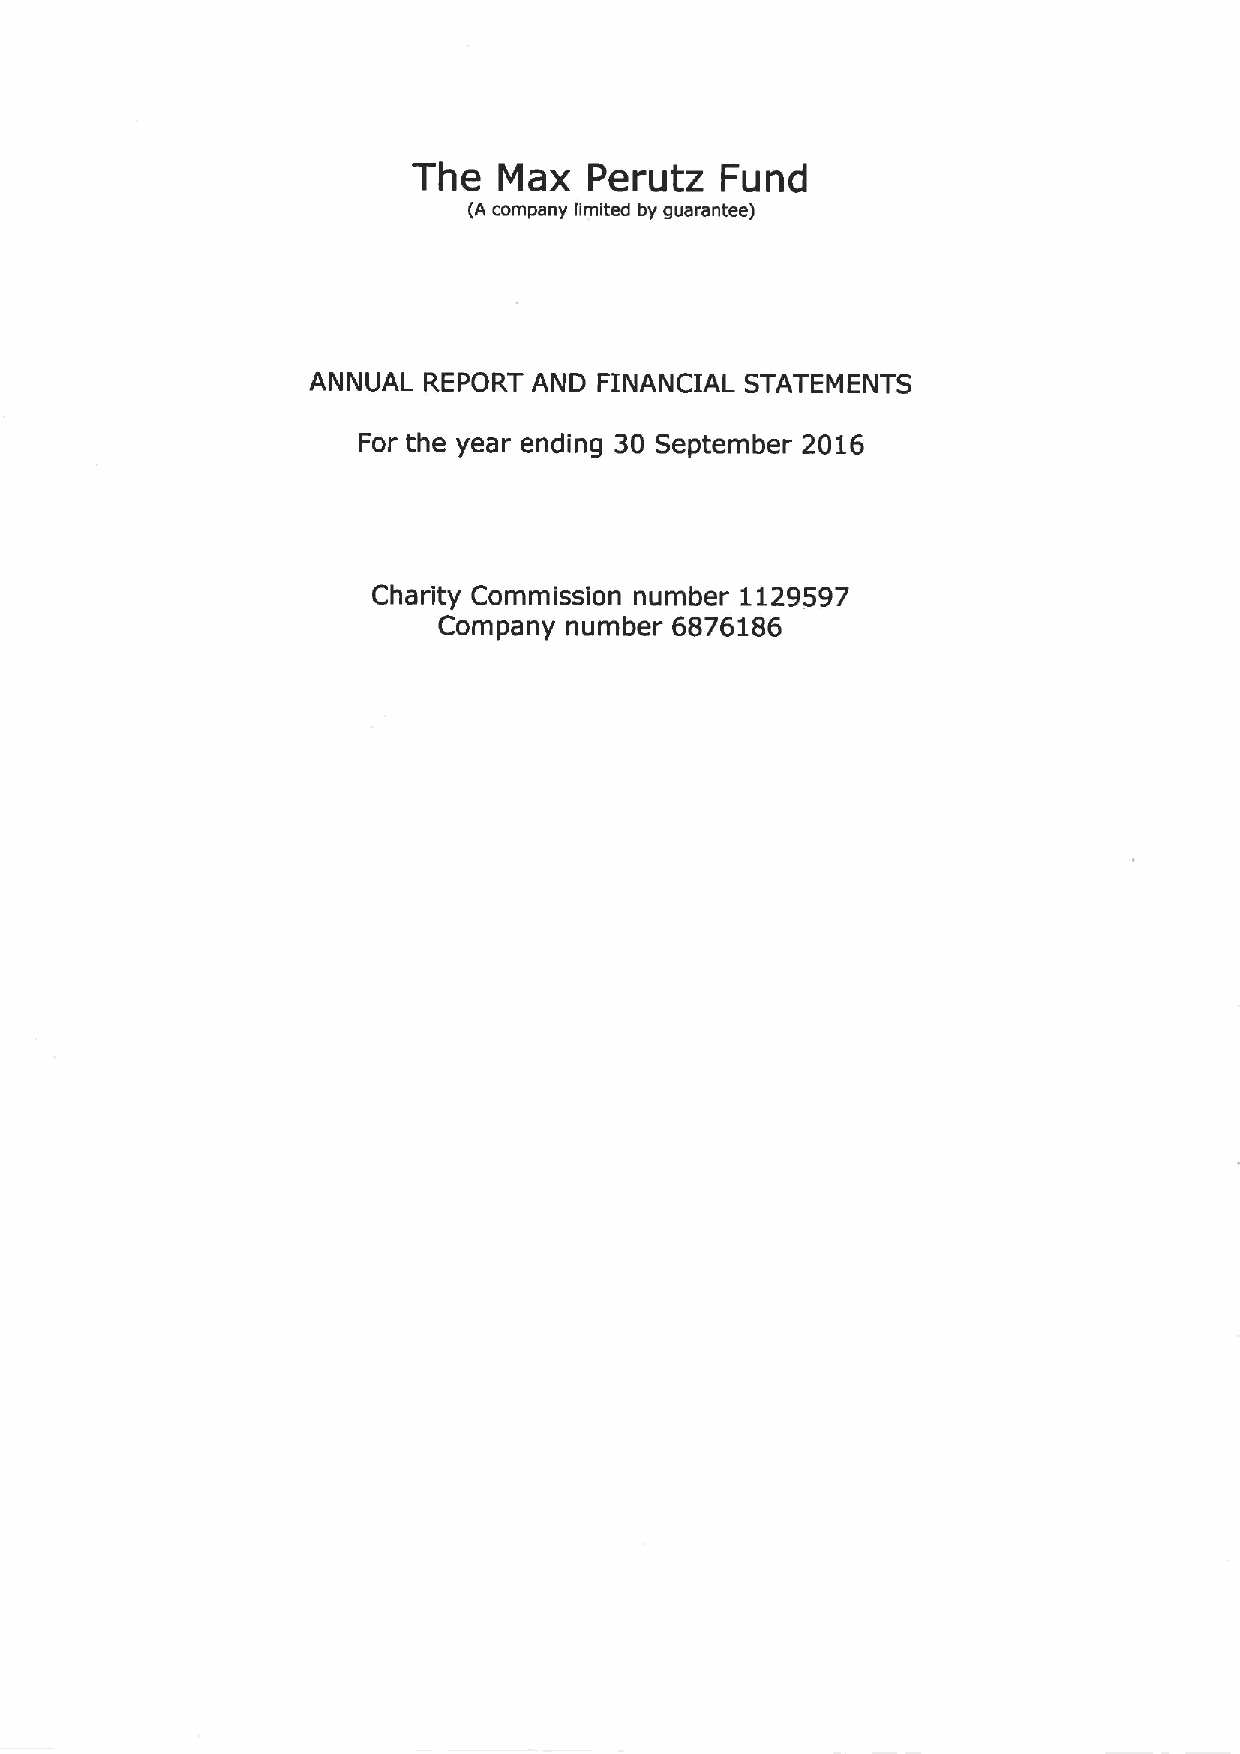
The   Max   Perutz   Fund
 (A company limited by guarantee)
 ANNUAL  REPORT AND  FINANCIAL STATEMENTS
 For the year ending 30 September 2016
 Charity Commission number 1129597
 Company number 6876186